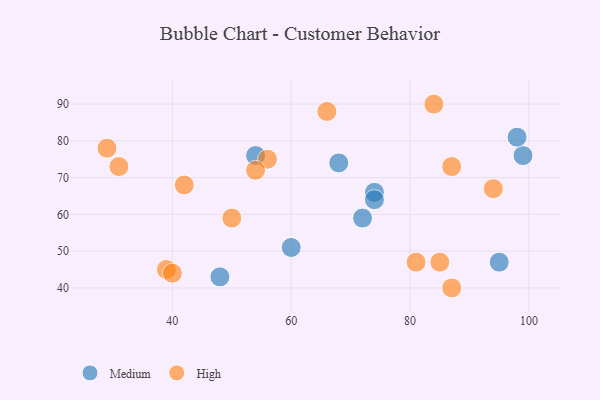
{"axis": {"x": "GDP", "y": "Life Expectancy"}, "legend": ["High", "Medium"], "data": [{"x": "95", "y": 47, "type": "Medium"}, {"x": "72", "y": 59, "type": "Medium"}, {"x": "48", "y": 43, "type": "Medium"}, {"x": "68", "y": 74, "type": "Medium"}, {"x": "60", "y": 51, "type": "Medium"}, {"x": "74", "y": 66, "type": "Medium"}, {"x": "54", "y": 76, "type": "Medium"}, {"x": "99", "y": 76, "type": "Medium"}, {"x": "74", "y": 64, "type": "Medium"}, {"x": "98", "y": 81, "type": "Medium"}, {"x": "39", "y": 45, "type": "High"}, {"x": "81", "y": 47, "type": "High"}, {"x": "56", "y": 75, "type": "High"}, {"x": "94", "y": 67, "type": "High"}, {"x": "31", "y": 73, "type": "High"}, {"x": "54", "y": 72, "type": "High"}, {"x": "42", "y": 68, "type": "High"}, {"x": "87", "y": 40, "type": "High"}, {"x": "29", "y": 78, "type": "High"}, {"x": "66", "y": 88, "type": "High"}, {"x": "40", "y": 44, "type": "High"}, {"x": "87", "y": 73, "type": "High"}, {"x": "50", "y": 59, "type": "High"}, {"x": "84", "y": 90, "type": "High"}, {"x": "85", "y": 47, "type": "High"}]}